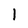
Character: l